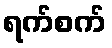
ရက်စက်